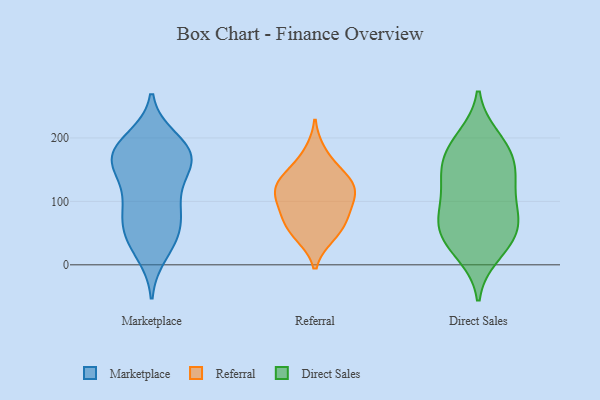
{"axis": {"x": "Operating Costs (USD K)", "y": "Value"}, "legend": ["Direct Sales", "Marketplace", "Referral"], "data": [{"x": "", "y": 94, "type": "Marketplace"}, {"x": "", "y": 161, "type": "Marketplace"}, {"x": "", "y": 46, "type": "Marketplace"}, {"x": "", "y": 33, "type": "Marketplace"}, {"x": "", "y": 166, "type": "Marketplace"}, {"x": "", "y": 120, "type": "Marketplace"}, {"x": "", "y": 18, "type": "Marketplace"}, {"x": "", "y": 180, "type": "Marketplace"}, {"x": "", "y": 179, "type": "Marketplace"}, {"x": "", "y": 102, "type": "Marketplace"}, {"x": "", "y": 156, "type": "Marketplace"}, {"x": "", "y": 166, "type": "Marketplace"}, {"x": "", "y": 76, "type": "Marketplace"}, {"x": "", "y": 198, "type": "Marketplace"}, {"x": "", "y": 191, "type": "Marketplace"}, {"x": "", "y": 54, "type": "Marketplace"}, {"x": "", "y": 68, "type": "Marketplace"}, {"x": "", "y": 161, "type": "Marketplace"}, {"x": "", "y": 46, "type": "Referral"}, {"x": "", "y": 113, "type": "Referral"}, {"x": "", "y": 140, "type": "Referral"}, {"x": "", "y": 79, "type": "Referral"}, {"x": "", "y": 45, "type": "Referral"}, {"x": "", "y": 118, "type": "Referral"}, {"x": "", "y": 178, "type": "Referral"}, {"x": "", "y": 106, "type": "Referral"}, {"x": "", "y": 109, "type": "Referral"}, {"x": "", "y": 72, "type": "Referral"}, {"x": "", "y": 145, "type": "Referral"}, {"x": "", "y": 133, "type": "Referral"}, {"x": "", "y": 71, "type": "Referral"}, {"x": "", "y": 187, "type": "Direct Sales"}, {"x": "", "y": 141, "type": "Direct Sales"}, {"x": "", "y": 69, "type": "Direct Sales"}, {"x": "", "y": 62, "type": "Direct Sales"}, {"x": "", "y": 80, "type": "Direct Sales"}, {"x": "", "y": 159, "type": "Direct Sales"}, {"x": "", "y": 44, "type": "Direct Sales"}, {"x": "", "y": 111, "type": "Direct Sales"}, {"x": "", "y": 94, "type": "Direct Sales"}, {"x": "", "y": 51, "type": "Direct Sales"}, {"x": "", "y": 149, "type": "Direct Sales"}, {"x": "", "y": 28, "type": "Direct Sales"}, {"x": "", "y": 140, "type": "Direct Sales"}, {"x": "", "y": 17, "type": "Direct Sales"}, {"x": "", "y": 200, "type": "Direct Sales"}, {"x": "", "y": 188, "type": "Direct Sales"}]}